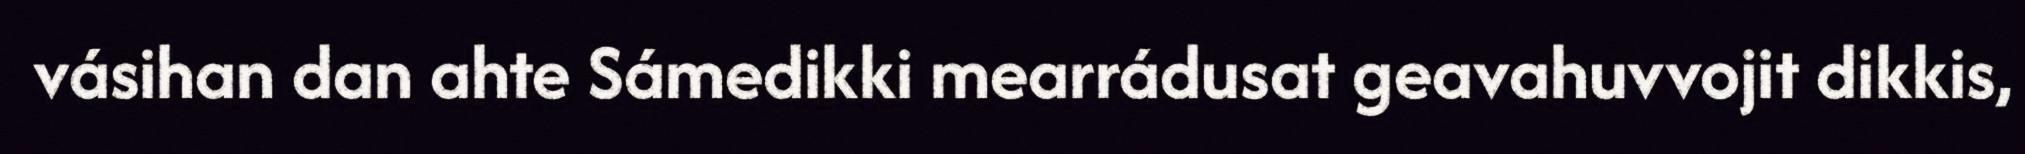
vásihan dan ahte Sámedikki mearrádusat geavahuvvojit dikkis,